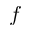
\boldsymbol f